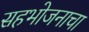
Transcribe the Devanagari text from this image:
सहभोजनाचा